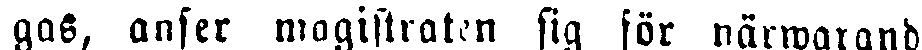
gas, anser magistraten sig för närwarande